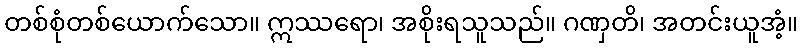
တစ်စုံတစ်ယောက်သော။ ဣဿရော၊ အစိုးရသူသည်။ ဂဏှတိ၊ အတင်းယူအံ့။